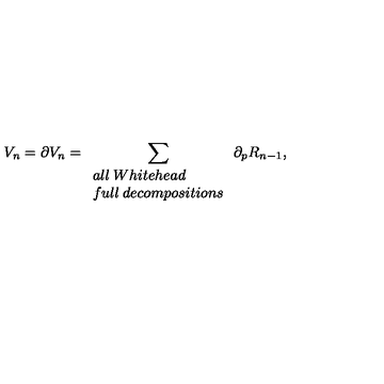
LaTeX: V _ { n } = \partial V _ { n } = \sum _ { \begin{array} { l l } { a l l \: W h i t e h e a d } \\ { f u l l \: d e c o m p o s i t i o n s } \\ \end{array} } \partial _ { p } R _ { n - 1 } ,